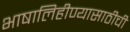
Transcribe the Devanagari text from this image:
भाषालिहीण्यासाठीची